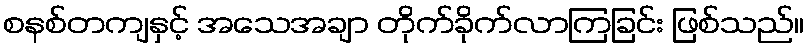
စနစ်တကျနှင့် အသေအချာ တိုက်ခိုက်လာကြခြင်း ဖြစ်သည်။